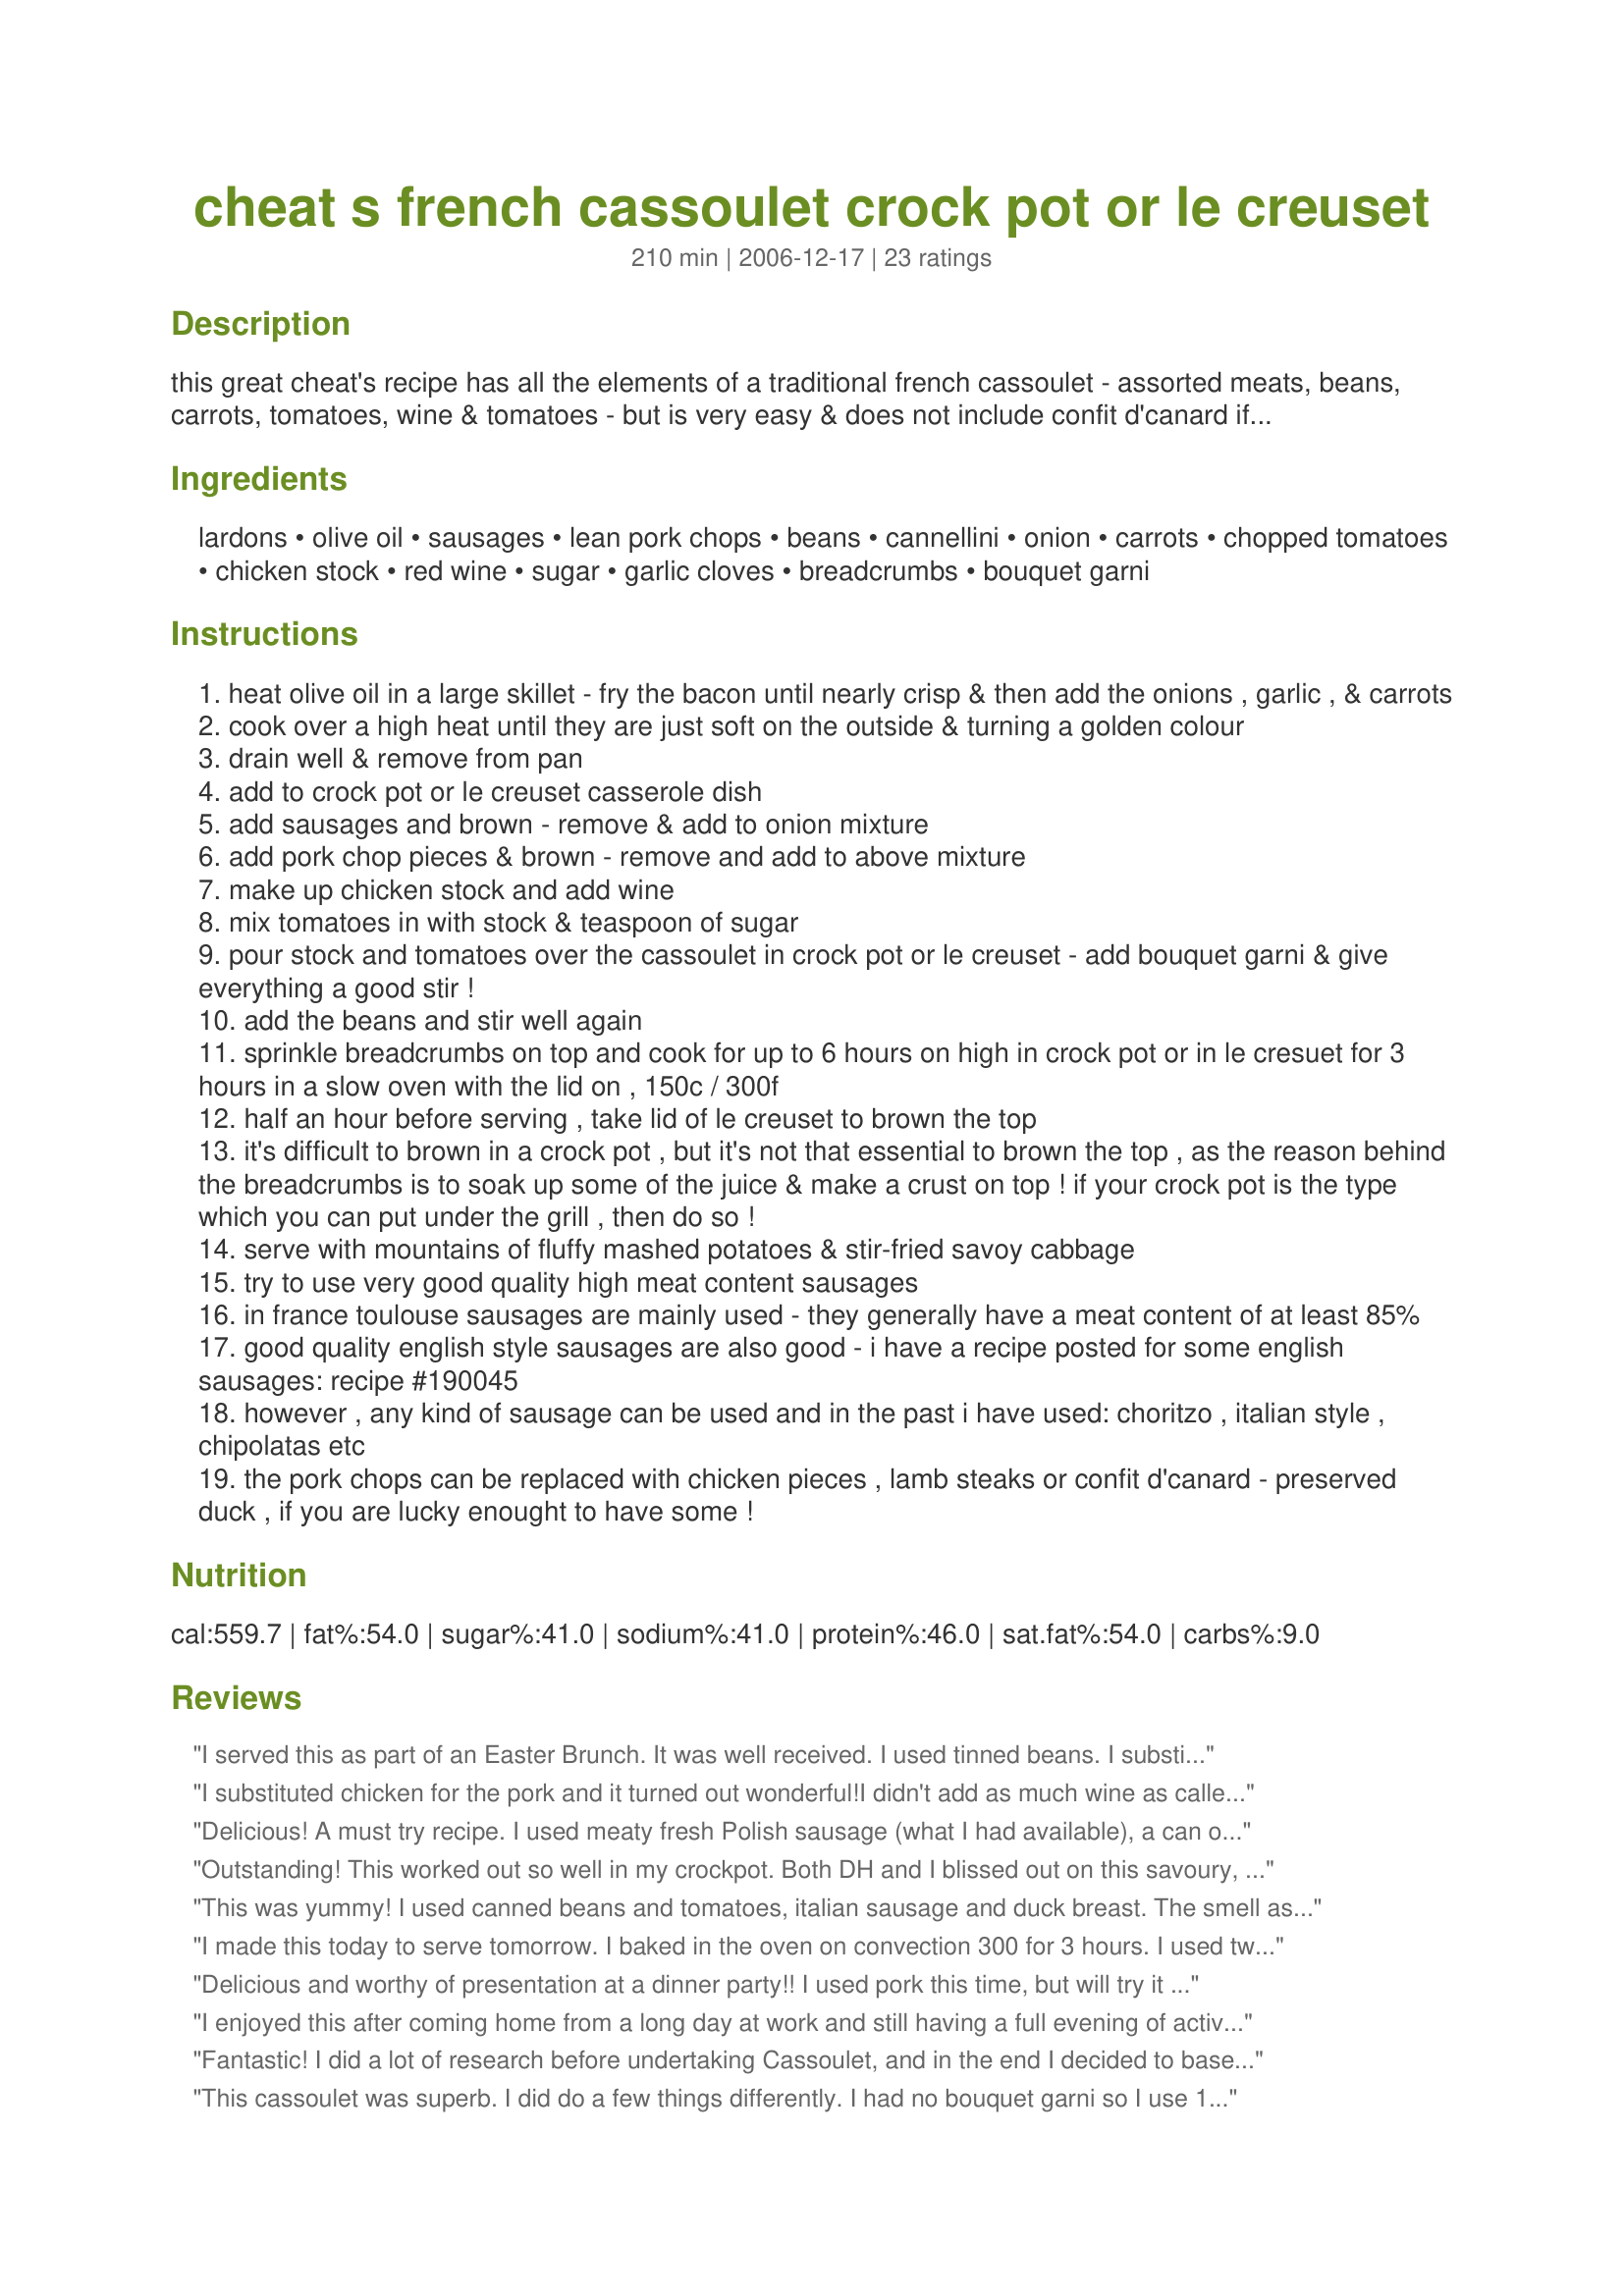
cheat s french cassoulet crock pot or le creuset
Preparation time: 210 minutes

this great cheat's recipe has all the elements of a traditional french cassoulet - assorted meats, beans, carrots, tomatoes, wine & tomatoes - but is very easy & does not include confit d'canard if you find that difficult to obtain. however, you need to get hold of high meat content sausages to give it a more authentic taste. i have given a few variations at the bottom of the recipe; this recipe works extremely well in a crock pot as well as the more traditional le creuset casserole dishes. french comfort food at it's best! serve with mashed potatoes & crisp savoy cabbage.
this recipe can be easily doubled for bigger or hungry crowds of diners!

note on beans:
i use tinned/canned beans or pre-soaked and cooked beans in this recipe; for uncooked beans, you will need to soak them overnight and then boil them; then increase the cooking time by about 15 minutes. this was posted as a "cheat's" recipe, meaning cutting a few corners if you don't have time - i.e. use tinned beans!!
p.s.
i have a sausage recipe posted:
recipe #190045 that would work well with this recipe.

Ingredients:
lardons, olive oil, sausages, lean pork chops, beans, cannellini, onion, carrots, chopped tomatoes, chicken stock, red wine, sugar, garlic cloves, breadcrumbs, bouquet garni

Steps:
heat olive oil in a large skillet - fry the bacon until nearly crisp & then add the onions , garlic , & carrots
cook over a high heat until they are just soft on the outside & turning a golden colour
drain well & remove from pan
add to crock pot or le creuset casserole dish
add sausages and brown - remove & add to onion mixture
add pork chop pieces & brown - remove and add to above mixture
make up chicken stock and add wine
mix tomatoes in with stock & teaspoon of sugar
pour stock and tomatoes over the cassoulet in crock pot or le creuset - add bouquet garni & give everything a good stir !
add the beans and stir well again
sprinkle breadcrumbs on top and cook for up to 6 hours on high in crock pot or in le cresuet for 3 hours in a slow oven with the lid on , 150c / 300f
half an hour before serving , take lid of le creuset to brown the top
it's difficult to brown in a crock pot , but it's not that essential to brown the top , as the reason behind the breadcrumbs is to soak up some of the juice & make a crust on top ! if your crock pot is the type which you can put under the grill , then do so !
serve with mountains of fluffy mashed potatoes & stir-fried savoy cabbage
try to use very good quality high meat content sausages
in france toulouse sausages are mainly used - they generally have a meat content of at least 85%
good quality english style sausages are also good - i have a recipe posted for some english sausages: recipe #190045
however , any kind of sausage can be used and in the past i have used: choritzo , italian style , chipolatas etc
the pork chops can be replaced with chicken pieces , lamb steaks or confit d'canard - preserved duck , if you are lucky enought to have some !

Reviews:
I served this as part of an Easter Brunch. It was well received. I used tinned beans. I substituted smoked duck for the pork chops and used a chicken and sun dried tomato sausage. I used a can of cherry tomatoes instead of the chopped tomatoes. I made it the day before the the slow cooker and reheated the next day in the oven. This is a keeper.
I substituted chicken for the pork and it turned out wonderful!<br/>I didn't add as much wine as called for (personal preference) , but the taste was still excellent. It may not be "traditional", but in today's life, you take the shortcuts where you can! I don't think it affected the flavor using said shortcuts.<br/>My grandsons loved it. Thanks for posting.
Delicious! A must try recipe. I used meaty fresh Polish sausage (what I had available), a can of great northern beans, canned diced tomatoes (due to the season), and used all other ingredients listed. I didn't make a bouquet garni, but added fresh thyme, parsley, bay leaf, and freshly ground pepper. It was the perfect seasoning. I made it in the oven. The breadcrumbs thickened the broth a bit. I just served with bread, but want to try it again with mashed potatoes. Can't wait to taste the leftovers tomorrow.
Outstanding! This worked out so well in my crockpot. Both DH and I blissed out on this savoury, nourishing meal on a cold, rainy day. I added portobello mushroom to it too, & used white kidney beans. The aroma is rich with herbs (used locally made beef sausage full of herbs) and wine, garlic, need I go on! The recipe is easy and sensible to follow, some good tips, too, like the savoy cabbage on the side, excellent choice. Thank you, French T., for a wonderful, wonderful posting.
This was yummy! I used canned beans and tomatoes, italian sausage and duck breast. The smell as it cooked was heavenly, and my mouth was watering long before dinner was ready. I found that the dish had too much liquid in it, but I think that was operator error, rather than a flaw in the recipe. Next time I will drain the tomatoes if I have to use canned, and maybe use less broth, depending on how liquidy it looks before going into the oven. A wonderful recipe overall, and one I will enjoy playing with when winter weather comes back around! Thanks for posting!
I made this today to serve tomorrow. I baked in the oven on convection 300 for 3 hours. I used two large boneless chicken breasts, powdered chicken broth, and one slice of ready cooked bacon, using up odds and ends. This turned out wonderfully (I sampled!) and looks just like QueenDreagon's photo. I was impressed with the dark rich sauce. I am still deciding what to serve it over, as it looks like it would be equally good on noodles, rice, or mashed potatoes!
Thanks French Tart, for posting!

Update: I served it over mashed potatoes and it was excellent!
Roxygirl
Delicious and worthy of presentation at a dinner party!! I used pork this time, but will try it with chicken or duck next time. Thanks for sharing.
I enjoyed this after coming home from a long day at work and still having a full evening of activities ahead of me. I liked the smoky flavor that the bacon gave and I liked that the bread crumbs thickened up the sauce. In the interest of calorie savings I used turkey polish sausage and seemed to do the trick just fine. This a good crock pot option!
Fantastic! I did a lot of research before undertaking Cassoulet, and in the end I decided to base it on your recipe. The only thing I varied was the type of meat - I used a large ham hock, two duck breasts (browned in a pan beforehand to remove fat), some diced ham, and a chorizo sausage. I served it with sautÃ©ed savoy cabbage and a fresh homemade baguette. It was fattening, but soooo good! Thanks for a great recipe :)
This cassoulet was superb. I did do a few things differently. I had no bouquet garni so I use 1 tsp thyme, 1 tsp parsley and a bayleaf which worked out perfectly. After I was done browning the pork chops I deglazed the pan with the red wine mixture before putting it in the crock pot. Also, I used a tin of cherry tomatoes in place of the plain tomato. I used white kidney beans for the bean. The bread crumbs on top got mixed in during cooking in the crock pot, so I couldn't brown the top but it didn't seem to matterb because it was still delicious. Served it with mashed potatoes and "carmelized butternut squash" from this website.
This was part of our Menu #31774. I made 1/2 the which easily serves 4-6. I used turkey bacon, because that is what I had. I suggest go for the real thing. My DH heard what I was making and wasn`t enthusiastic about it! But I did put in his favorite Hot Italian sausage and he was very very happy! :) Slicing it before I browned it, to remove excess fat. I used chicken wishing I had duck, it wouldn`t have been out of this world with it! cannellini beans and fava beans was my choice. One of my last garden tomatoes went into this so deserving dish! Roasted turkey stock was used. I didn`t weight the crumbs just place a liberal layer on top. I wished I added more to thicken the sauce more. I must say this is no less then 5 stars. I We loved it! Made me wish for France!
Loved the flexibility of this recipe. Karen you did great!
Merci beaucoup mon ami franÃ§ais!
I've used other recipes for Cassoulet before but I like this one for it's simplicity. However, I simply cannot use a recipe without playing around with it. I'd like to suggest the following variations, with all due respect to the author, of course. Finely diced Chorizo to replace the bacon. The addition of a finely sliced stick of celery. Herbes de Provence and a handful of torn flat leaved parsley instead of bouquet garnis. An extra squeeze of tomato puree. A handful of cocktail pickled silverskin onions. Demerara sugar. I used English pork and herb sausages, prefried and quartered and pork loin chops cut into three or four pieces. Delicious!
Oooh, we adored this, FT! I made in my crock pot w/ the following changes...my sausages were andouille for an extra kick and instead of pork chops, I used chicken legs. Sadly I didn't have confit de canard, but I really want to try it without the fancy ingredients and it was hearty, comforting and perfect for a Sunday dinner. I also added a few ribs of celery and an extra can of beans. After 6 hours, I stuck my crock pot insert into the oven like you suggest and did a panko, parmesan and parsley topping and let it get crusty for 30 minutes. Merci infiniment, FT, it was truly divine and will make again and again!
It was my first time making cassoulet and this recipe made it easy. I used a 2-qt dutch oven and, hot Italian sausages, and chicken thighs. The recipe calls for about 1 lb of sausages, but I used three sausages instead (about 10oz) and about three chicken thighs (about 12oz) and it was plenty of meat. I cut the carrots in diagonal slices for nicer presentation. I also added quartered mushrooms, which I sauteed separately and added to the pot

This recipe definitely tasted good (what wouldn't with all that meat, red wine, and herbs?), but I only wish it looked more appealing in color. It was all very brown and even the breadcrumbs were a dark brown, not a golden crust like I imagined.

I made fresh bread crumbs by cutting 1-in cubes of a big loaf (including crust) and mixing with olive oil combined with dried herbs (oregano, thyme, rosemary, and/or basil). Then bake flat on a sheet at 400 degrees for about 10 mins or until crispy then smashing with a rolling pin in a ziploc bag with no air.

I served the cassoulet with the rest of the bread from the loaf I used for breadcrumbs, as well as mashed garlic red potatoes. This recipe is worth the wait for it to cook.
I made this last night with all the trimmings, mashed potatoes and your stir-fried cabbage. I made this in the oven with dried beans that I soaked over night. I didn't think to add more liquid to the recipe so the beans were a little dry, but still delicious. I used turkey sausage and chicken breast because I'm not really into pork that much. I did use the bacon for that smokey flavor. Next time I'll use canned beans and the crock pot method. My two-year old loved this. This is a wonderful recipe and the whole house had such a wonderful aroma. It's also nice because we have leftovers for tonight! Thanks so much!
I made this on Saturday. Totally delicious, I used rosemary 'cause my plant needed pruning, and thyme, & sage, as well as parsley. Scrumtaculous!!
Well, first of all, let me tell you about the wonderful aroma in the kitchen while this was cooking. My poor husband kept coming in to ask if it was ready yet. I cooked the cassoulet in a 5 qt. Le Creuset pan in the oven and it only took 3 hours. I used some spicy, polish sausage,lean pork chops and canned cannolini beans. Your recipe was followed exactly and I wouldn't change a thing. I served this dish with a side of garlic smashed potatoes, sliced tomatoes and crusty, hard bread. Being only the two of us now, we have enough left over for tomorrow's lunch. Many thanks for a wonderful recipe and a definite
keeper in this house.
I have heart disease so converted this to a heart healthy recipe. I used turkey bacon (had to use a little extra olive oil), turkey sausage and boned skinless chicken thighs. I cooked my own beans (tinned are high in sodium) and used extra garlic (not only good for the heart but delicious!). Served this up with a fabulous salad and some crusty whole grain bread! We didn't feel like we were missing anything, this dinner felt like a "cheat nite".
This was incredible. It got eaten up so fast. DH and DIL (both picky eaters) loved it, too. Easy to make and well worth the time spent. Also, much easier than a traditional cassoulet. Thanks, FT, for posting this one.
Yum!!
This recipe sounds wonderful and easy! Will try it soon.
I recently made this dish and really enjoyed it! I also used Italian Sausage. My DH, which is not always excited about new dishes, commented: "Wow, you could sell this!" ... so it was a hit!
I made this using chicken thighs, italian sausage and tomato juice instead of chopped tomatoes. I skipped the breadcrumbs (okay I forgot the breadcrumbs), and passed on the potatoes and noodles, but did serve homemade artisan bread instead. I will definitely make this again.
